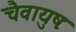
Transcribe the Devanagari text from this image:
चैवायुषः